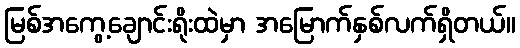
မြစ်အကွေ့ချောင်းရိုးထဲမှာ အမြောက်နှစ်လက်ရှိတယ်။